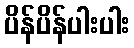
ပိန်ပိန်ပါးပါး